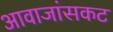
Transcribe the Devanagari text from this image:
आवाजांसकट